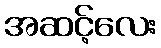
အဆင့်လေး